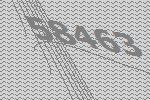
58463